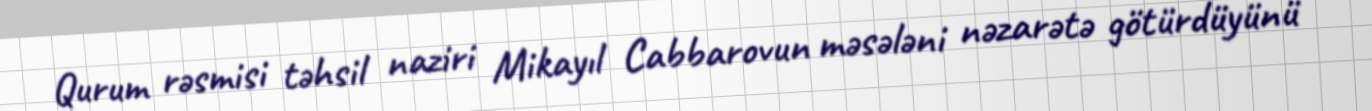
Qurum rəsmisi təhsil naziri Mikayıl Cabbarovun məsələni nəzarətə götürdüyünü